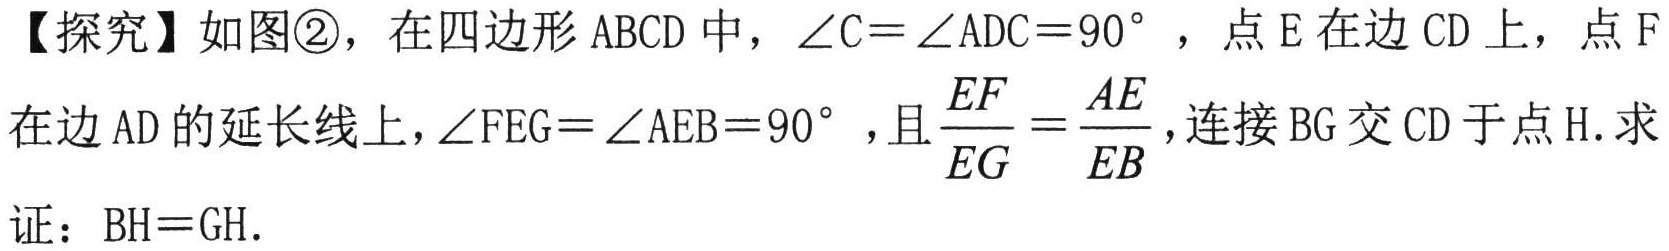
【探究】如图\textcircled{2}，在四边形 \(ABCD\) 中，\(\angle C = \angle ADC = 90^{\circ}\)，点 \(E\) 在边 \(CD\) 上，点 \(F\) 在边 \(AD\) 的延长线上，\(\angle FEG=\angle AEB = 90^{\circ}\)，且\(\frac{EF}{EG}=\frac{AE}{EB}\)，连接 \(BG\) 交 \(CD\) 于点 \(H\). 求证：\(BH = GH\).